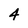
Character: 4